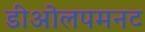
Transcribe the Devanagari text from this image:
डीओलपमनट